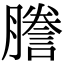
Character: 謄